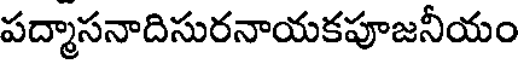
పద్మాసనాదిసురనాయకపూజనీయం